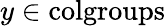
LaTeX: y\in{\mathrm{colgroups}}